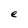
Character: e